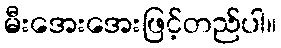
မီးအေးအေးဖြင့်တည်ပါ။